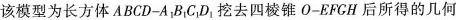
该模型为长方体ABCD-A_{1}B_{1}C_{1}D_{1}挖去四棱锥O-EFCH后所得的几何